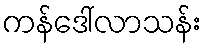
ကန်ဒေါ်လာသန်း